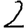
Digit: 2